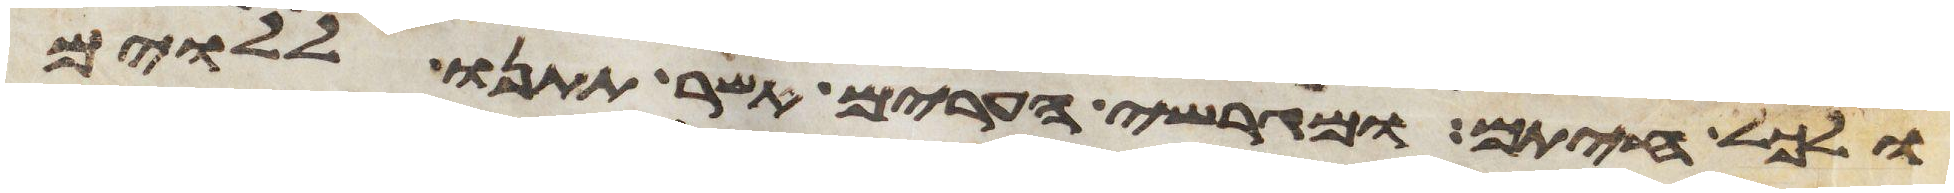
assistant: ולכל חיתם ומגרשי הערים אשר תתנו ללוים